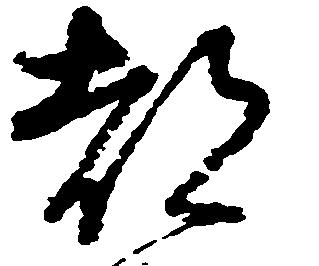
都